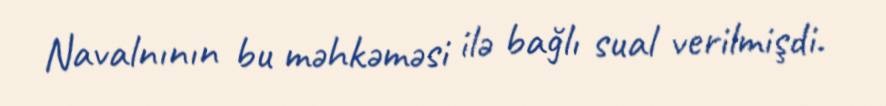
Navalnının bu məhkəməsi ilə bağlı sual verilmişdi.